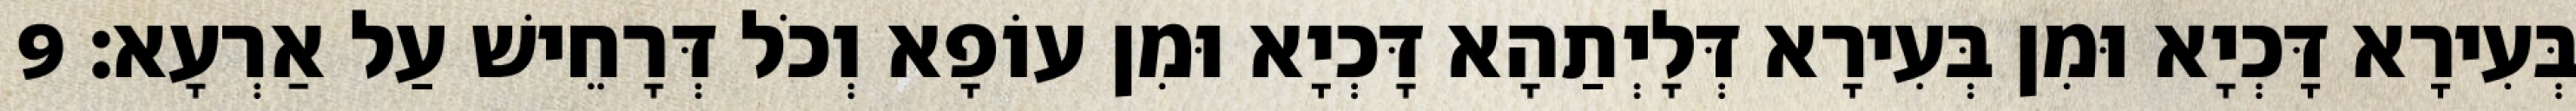
בְּעִירָא דָּכְיָא וּמִן בְּעִירָא דְּלָיְתַהָא דָּכְיָא וּמִן עוֹפָא וְכֹל דְּרָחֵישׁ עַל אַרְעָא׃ 9